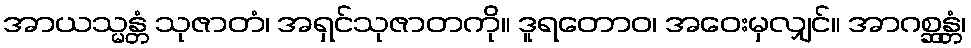
အာယသ္မန္တံ သုဇာတံ၊ အရှင်သုဇာတကို။ ဒူရတောဝ၊ အဝေးမှလျှင်။ အာဂစ္ဆန္တံ၊